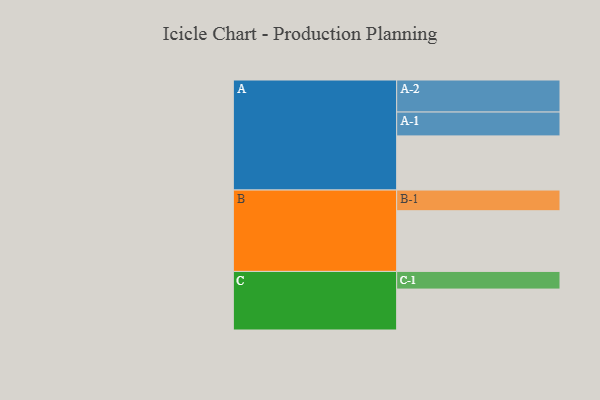
{"axis": {"x": "Segment", "y": "Value"}, "legend": ["", "A", "B", "C"], "data": [{"x": "A", "y": 463, "type": ""}, {"x": "B", "y": 519, "type": ""}, {"x": "C", "y": 350, "type": ""}, {"x": "A-1", "y": 204, "type": "A"}, {"x": "A-2", "y": 274, "type": "A"}, {"x": "B-1", "y": 177, "type": "B"}, {"x": "C-1", "y": 151, "type": "C"}]}